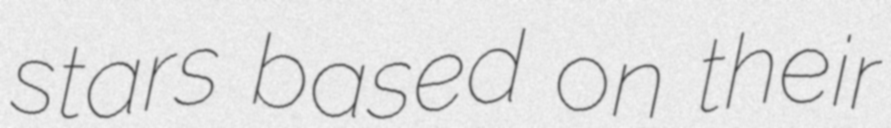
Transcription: stars based on their